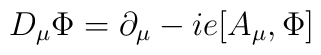
D_{\mu}\Phi=\partial_{\mu}-ie[A_{\mu},\Phi]